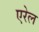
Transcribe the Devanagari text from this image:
एरेल